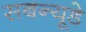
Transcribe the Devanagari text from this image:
सबन्यूडे